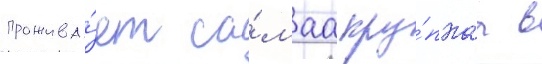
прожива́ет са́маа кру́пнаа в